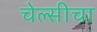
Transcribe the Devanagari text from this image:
चेल्सीचा